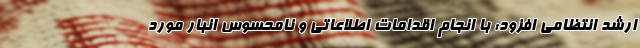
ارشد انتظامی افزود: با انجام اقدامات اطلاعاتی و نامحسوس انبار مورد